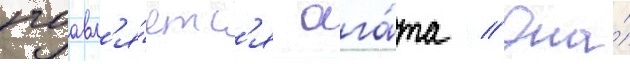
поавл'я́етс'я ага́та // Она́